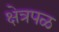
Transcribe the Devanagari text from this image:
क्षेत्रपळ